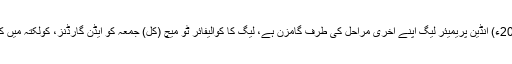
23 مئی2018ء) انڈین پریمیئر لیگ اپنے آخری مراحل کی طرف گامزن ہے، لیگ کا کوالیفائر ٹو میچ (کل) جمعہ کو ایڈن گارڈنز، کولکتہ میں کھیلا جائیگا ۔